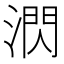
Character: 㴸